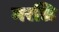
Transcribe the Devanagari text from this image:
मरळि